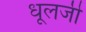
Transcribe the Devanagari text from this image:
धूलजी